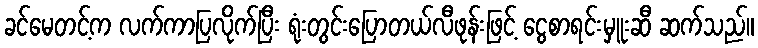
ခင်မေတင့်က လက်ကာပြလိုက်ပြီး ရုံးတွင်းပြောတယ်လီဖုန်းဖြင့် ငွေစာရင်းမှူးဆီ ဆက်သည်။